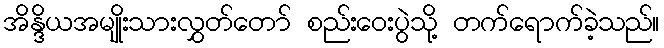
အိန္ဒိယအမျိုးသားလွှတ်တော် စည်းဝေးပွဲသို့ တက်ရောက်ခဲ့သည်။